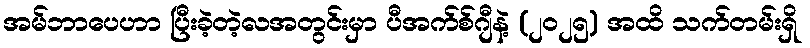
အမ်ဘာပေဟာ ပြီးခဲ့တဲ့လအတွင်းမှာ ပီအက်စ်ဂျီနဲ့ (၂၀၂၅) အထိ သက်တမ်းရှိ